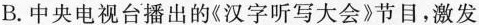
B.中央电视台播出的《汉字听写大会》节目，激发